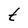
Character: t